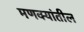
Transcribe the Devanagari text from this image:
मणक्यांतील